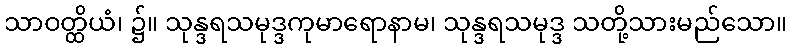
သာဝတ္ထိယံ၊ ၌။ သုန္ဒရသမုဒ္ဒကုမာရောနာမ၊ သုန္ဒရသမုဒ္ဒ သတို့သားမည်သော။